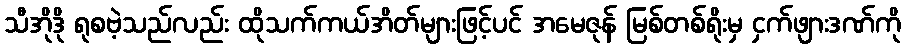
သီအိုဒို ရုစဗဲ့သည်လည်း ထိုသက်ကယ်အိတ်များဖြင့်ပင် အမေဇုန် မြစ်တစ်ရိုးမှ ငှက်ဖျားဒဏ်ကို